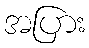
အပြား